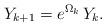
LaTeX: \begin{align*} Y_{k+1}=e^{\Omega_k}\,Y_k. \end{align*}